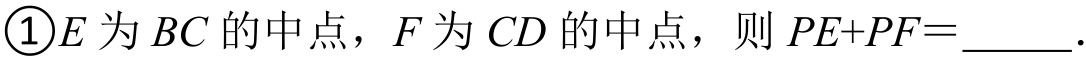
\textcircled{1}\(E\)为\(BC\)的中点，\(F\)为\(CD\)的中点，则\(PE + PF=\)______．